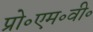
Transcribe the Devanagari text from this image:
प्रो॰एम॰वी॰